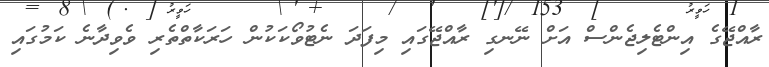
ރާއްޖޭގެ އިންޓެލިޖެންސް އަށް ނޭނގި ރާއްޖޭގައި މިފަދަ ނެޓުވޯކަކުން ހަރަކާތްތެރި ވެވިދާނެ ކަމުގައި